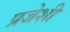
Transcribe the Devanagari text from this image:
प्रजेशी